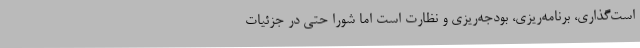
است‌گذاری، برنامه‌ریزی، بودجه‌ریزی و نظارت است اما شورا حتی در جزئیات